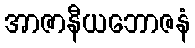
အာဇာနီယဘောဇနံ